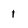
Character: 1